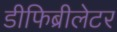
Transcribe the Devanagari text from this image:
डीफिब्रीलेटर